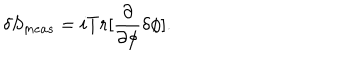
\delta S _ { m e a s } = i T r [ \frac { \partial } { \partial \phi } \delta \phi ] .